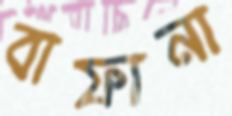
বাফানা